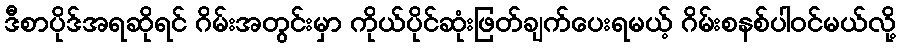
ဒီစာပိုဒ်အရဆိုရင် ဂိမ်းအတွင်းမှာ ကိုယ်ပိုင်ဆုံးဖြတ်ချက်ပေးရမယ့် ဂိမ်းစနစ်ပါဝင်မယ်လို့